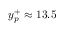
y _ { p } ^ { + } \approx 1 3 . 5